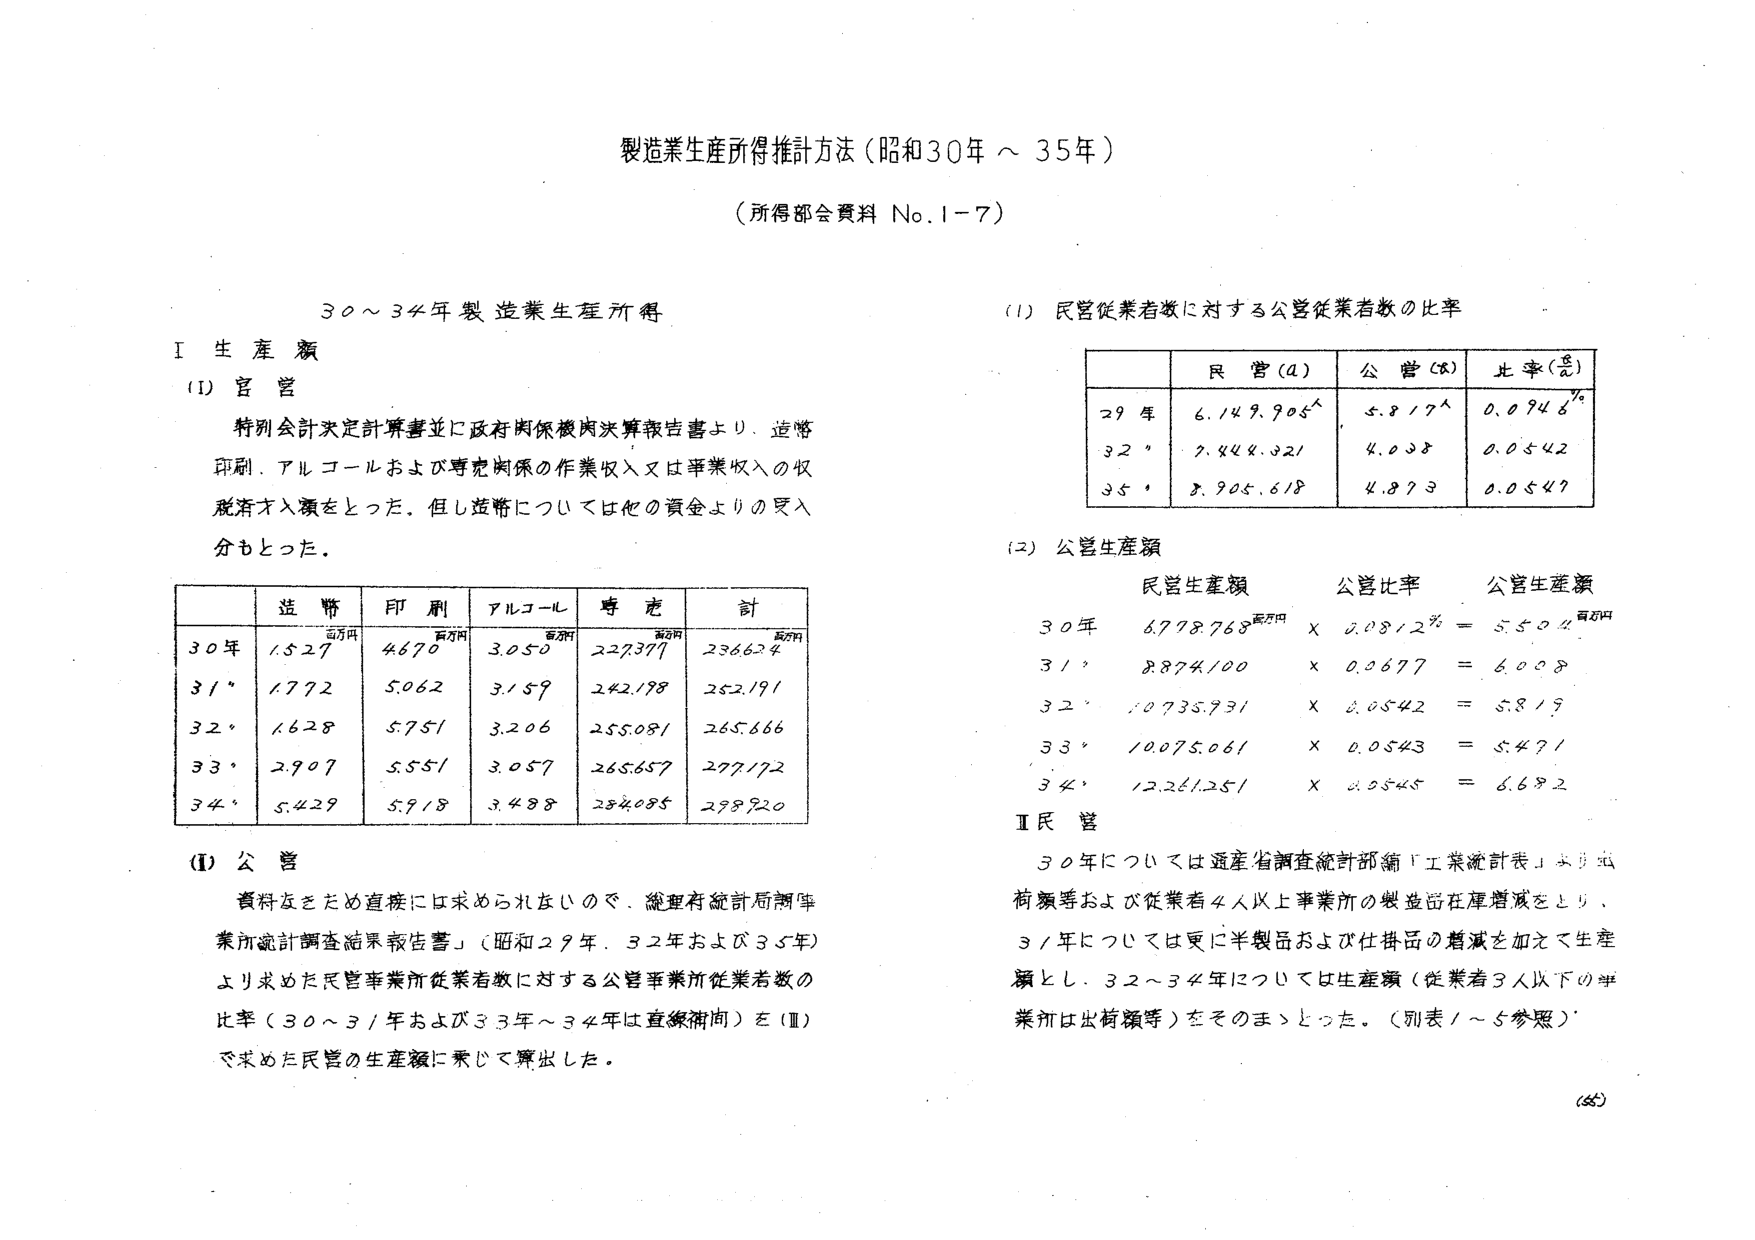
製造業生産所得推計方法（昭和30年～35年）
（所得部会資料 No.1-7）

30～34年製造業生産所得

Ⅰ 生産額

(1) 官営
特別会計決定計算書並に政府関係機関決算報告書より、造幣、印刷、アルコールおよび専売関係の作業収入又は事業収入の収税済み入額をとった。但し造幣については他の資金よりの受入分もとった。

|       | 造幣（百万円） | 印刷（百万円） | アルコール（百万円） | 専売（百万円） | 計（百万円） |
|-------|----------------|----------------|----------------------|----------------|--------------|
| 30年  | 1,527          | 4,670          | 3,050                | 22,377         | 23,662.4     |
| 31年  | 1,772          | 5,062          | 3,159                | 242,178        | 252,191      |
| 32年  | 1,628          | 5,751          | 3,206                | 255,081        | 265,666      |
| 33年  | 2,907          | 5,551          | 3,057                | 265,657        | 277,172      |
| 34年  | 5,429          | 5,918          | 3,488                | 284,085        | 298,920      |

(1) 公営
資料をとだめ直接には求められないので、総理府統計局「事業所統計調査結果報告書」（昭和29年、32年および35年）より求めた民営事業所従業者数に対する公営事業所従業者数の比率（30～31年および33年～34年は直線補間）を（Ⅱ）で求めた民営の生産額に乗じて算出した。

(1) 民営従業者数に対する公営従業者数の比率

|       | 民営（A） | 公営（B） | 比率（B/A） |
|-------|-----------|-----------|-------------|
| 29年  | 6,149,905 | 5,817     | 0.0946%     |
| 32年  | 7,444,321 | 4,038     | 0.0542      |
| 35年  | 8,905,618 | 4,873     | 0.0547      |

(2) 公営生産額

|       | 民営生産額（百万円） | 公営比率 | 公営生産額（百万円） |
|-------|----------------------|----------|----------------------|
| 30年  | 6,778,768            | × 0.0812% = | 5,504              |
| 31年  | 8,874,100            | × 0.0677 =  | 6,008              |
| 32年  | 10,735,731           | × 0.0542 =  | 5,819              |
| 33年  | 10,075,061           | × 0.0543 =  | 5,471              |
| 34年  | 12,261,251           | × 0.0545 =  | 6,682              |

Ⅱ 民営
30年については通産省調査統計部編「工業統計表」より出荷額等および従業者4人以上事業所の製品出荷増減をとり、31年については更に半製品および仕掛品の増減を加えて生産額とし、32～34年については生産額（従業者3人以下の事業所は出荷額等）をそのままとった。（別表1～5参照）

(65)